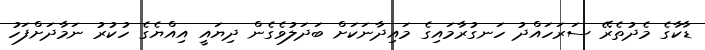
ޑާކާގެ މެދުތެރޭ ސަރަހައްދު ހަނގުރާމައިގެ މައިދާނަކަށް ބަދަލުވެގެން ދިޔައީ އިއްޔެގެ ހުކުރު ނަމާދަށްފަހު